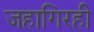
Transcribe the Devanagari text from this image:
जहागिरही